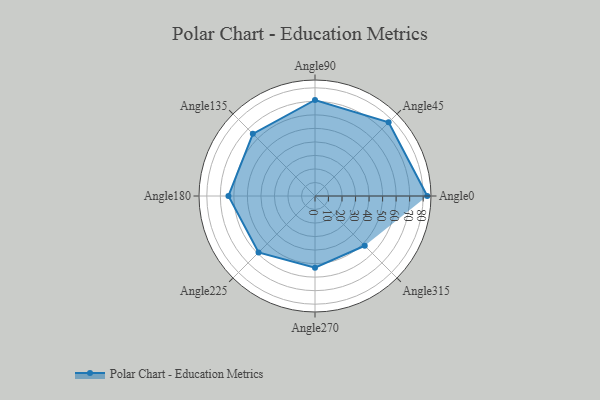
{"axis": {"x": "Angle", "y": "Radius"}, "legend": [""], "data": [{"x": "Angle0", "y": 83.0, "type": ""}, {"x": "Angle45", "y": 77.0, "type": ""}, {"x": "Angle90", "y": 71.0, "type": ""}, {"x": "Angle135", "y": 65.0, "type": ""}, {"x": "Angle180", "y": 64.0, "type": ""}, {"x": "Angle225", "y": 59.0, "type": ""}, {"x": "Angle270", "y": 53.0, "type": ""}, {"x": "Angle315", "y": 52.0, "type": ""}]}